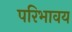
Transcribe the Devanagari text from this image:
परिभावय